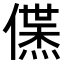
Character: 𬿱